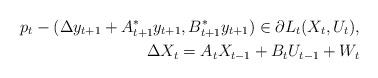
LaTeX: \begin{align*} p_t-(\Delta y_{t+1}+A^*_{t+1}y_{t+1},B^*_{t+1} y_{t+1})\in\partial L_t(X_t,U_t),\\ \Delta X_{t}=A_t X_{t-1} +B_t U_{t-1}+W_t \end{align*}